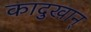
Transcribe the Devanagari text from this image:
कादुखान्